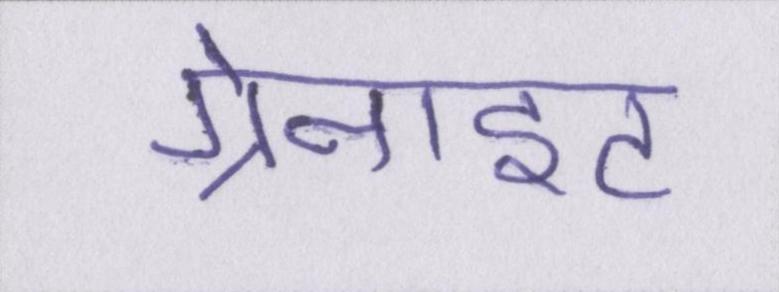
ग्रेनाइट